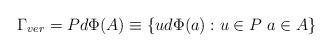
LaTeX: \begin{align*}\Gamma_{ver}=Pd\Phi(A)\equiv \{ud\Phi(a):u\in P\ a\in A\}\end{align*}